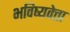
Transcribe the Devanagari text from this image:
भविष्यवेत्ता